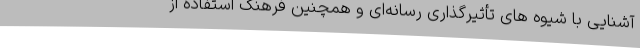
آشنایی با شیوه های تأثیرگذاری رسانه‌ای و همچنین فرهنگ استفاده از